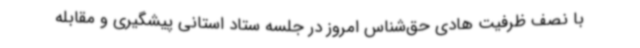
با نصف ظرفیت هادی حق‌شناس امروز در جلسه ستاد استانی پیشگیری و مقابله